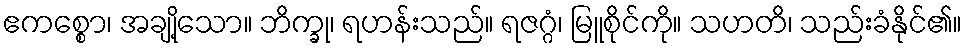
ဧကစ္စော၊ အချို့သော။ ဘိက္ခု၊ ရဟန်းသည်။ ရဇဂ္ဂံ၊ မြူစိုင်ကို။ သဟတိ၊ သည်းခံနိုင်၏။